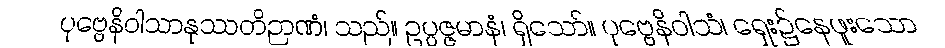
ပုဗ္ဗေနိဝါသာနုဿတိဉာဏံ၊ သည်။ ဥပ္ပဇ္ဇမာနံ၊ ရှိသော်။ ပုဗ္ဗေနိဝါသံ၊ ရှေး၌နေဖူးသော